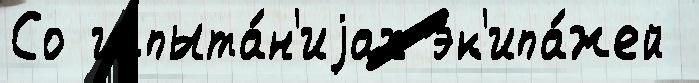
Со испыта́н'иjах эк'ипа́жей